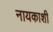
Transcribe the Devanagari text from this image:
नायकाशी